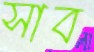
সাব